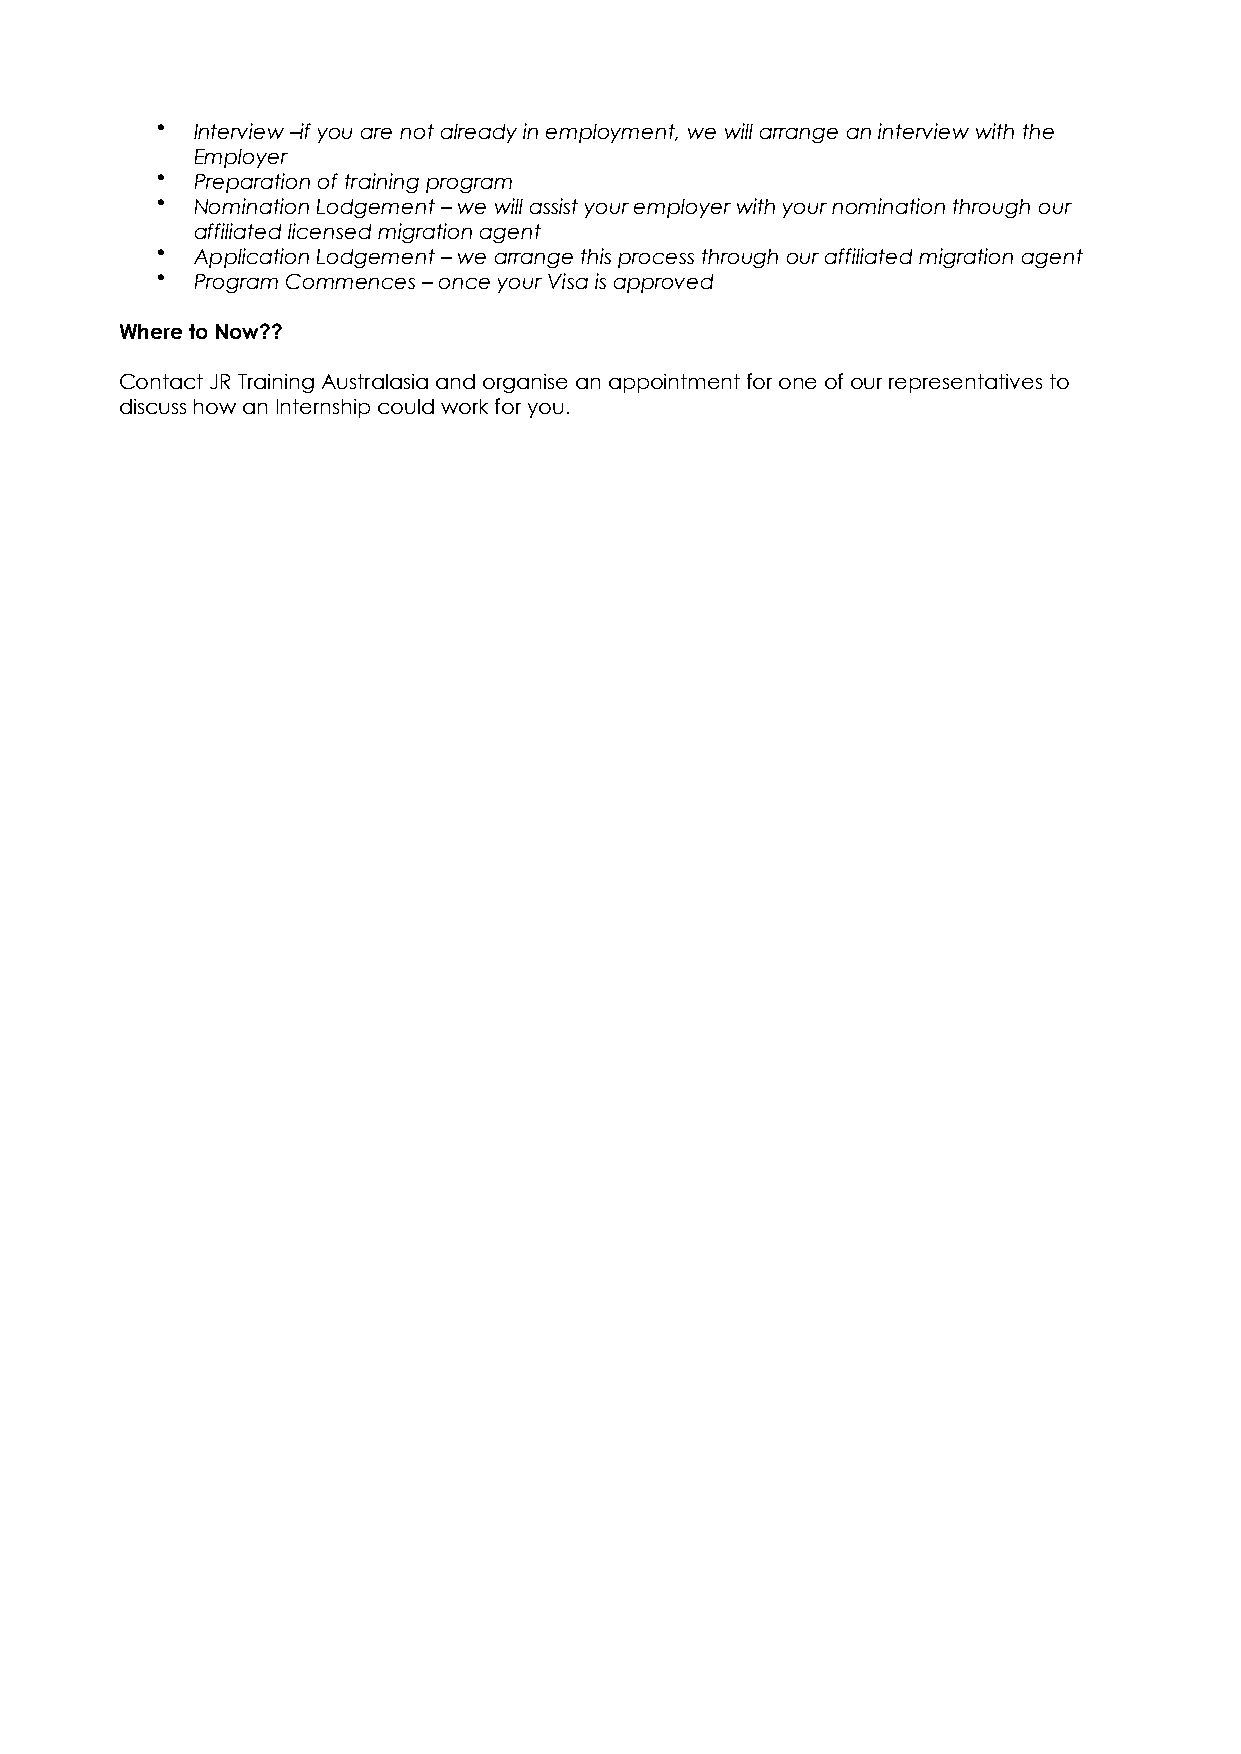
•  Interview –if you are not already in employment, we will arrange an interview with the
 Employer
 •  Preparation of training program
 •  Nomination Lodgement – we will assist your employer with your nomination through our
 affiliated licensed migration agent
 •  Application Lodgement – we arrange this process through our affiliated migration agent
 •  Program Commences – once your Visa is approved
 Where to Now??
 Contact JR Training Australasia and organise an appointment for one of our representatives to
 discuss how an Internship could work for you.